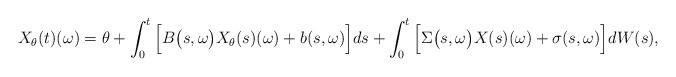
LaTeX: \begin{align*}X_\theta(t)(\omega) = \theta + \int_0^t \Big[ B\big(s,\omega \big) X_\theta(s)(\omega) + b(s, \omega) \Big] ds + \int_0^t \Big[ \Sigma\big(s, \omega \big) X(s)(\omega) + \sigma(s, \omega) \Big]dW(s),\end{align*}